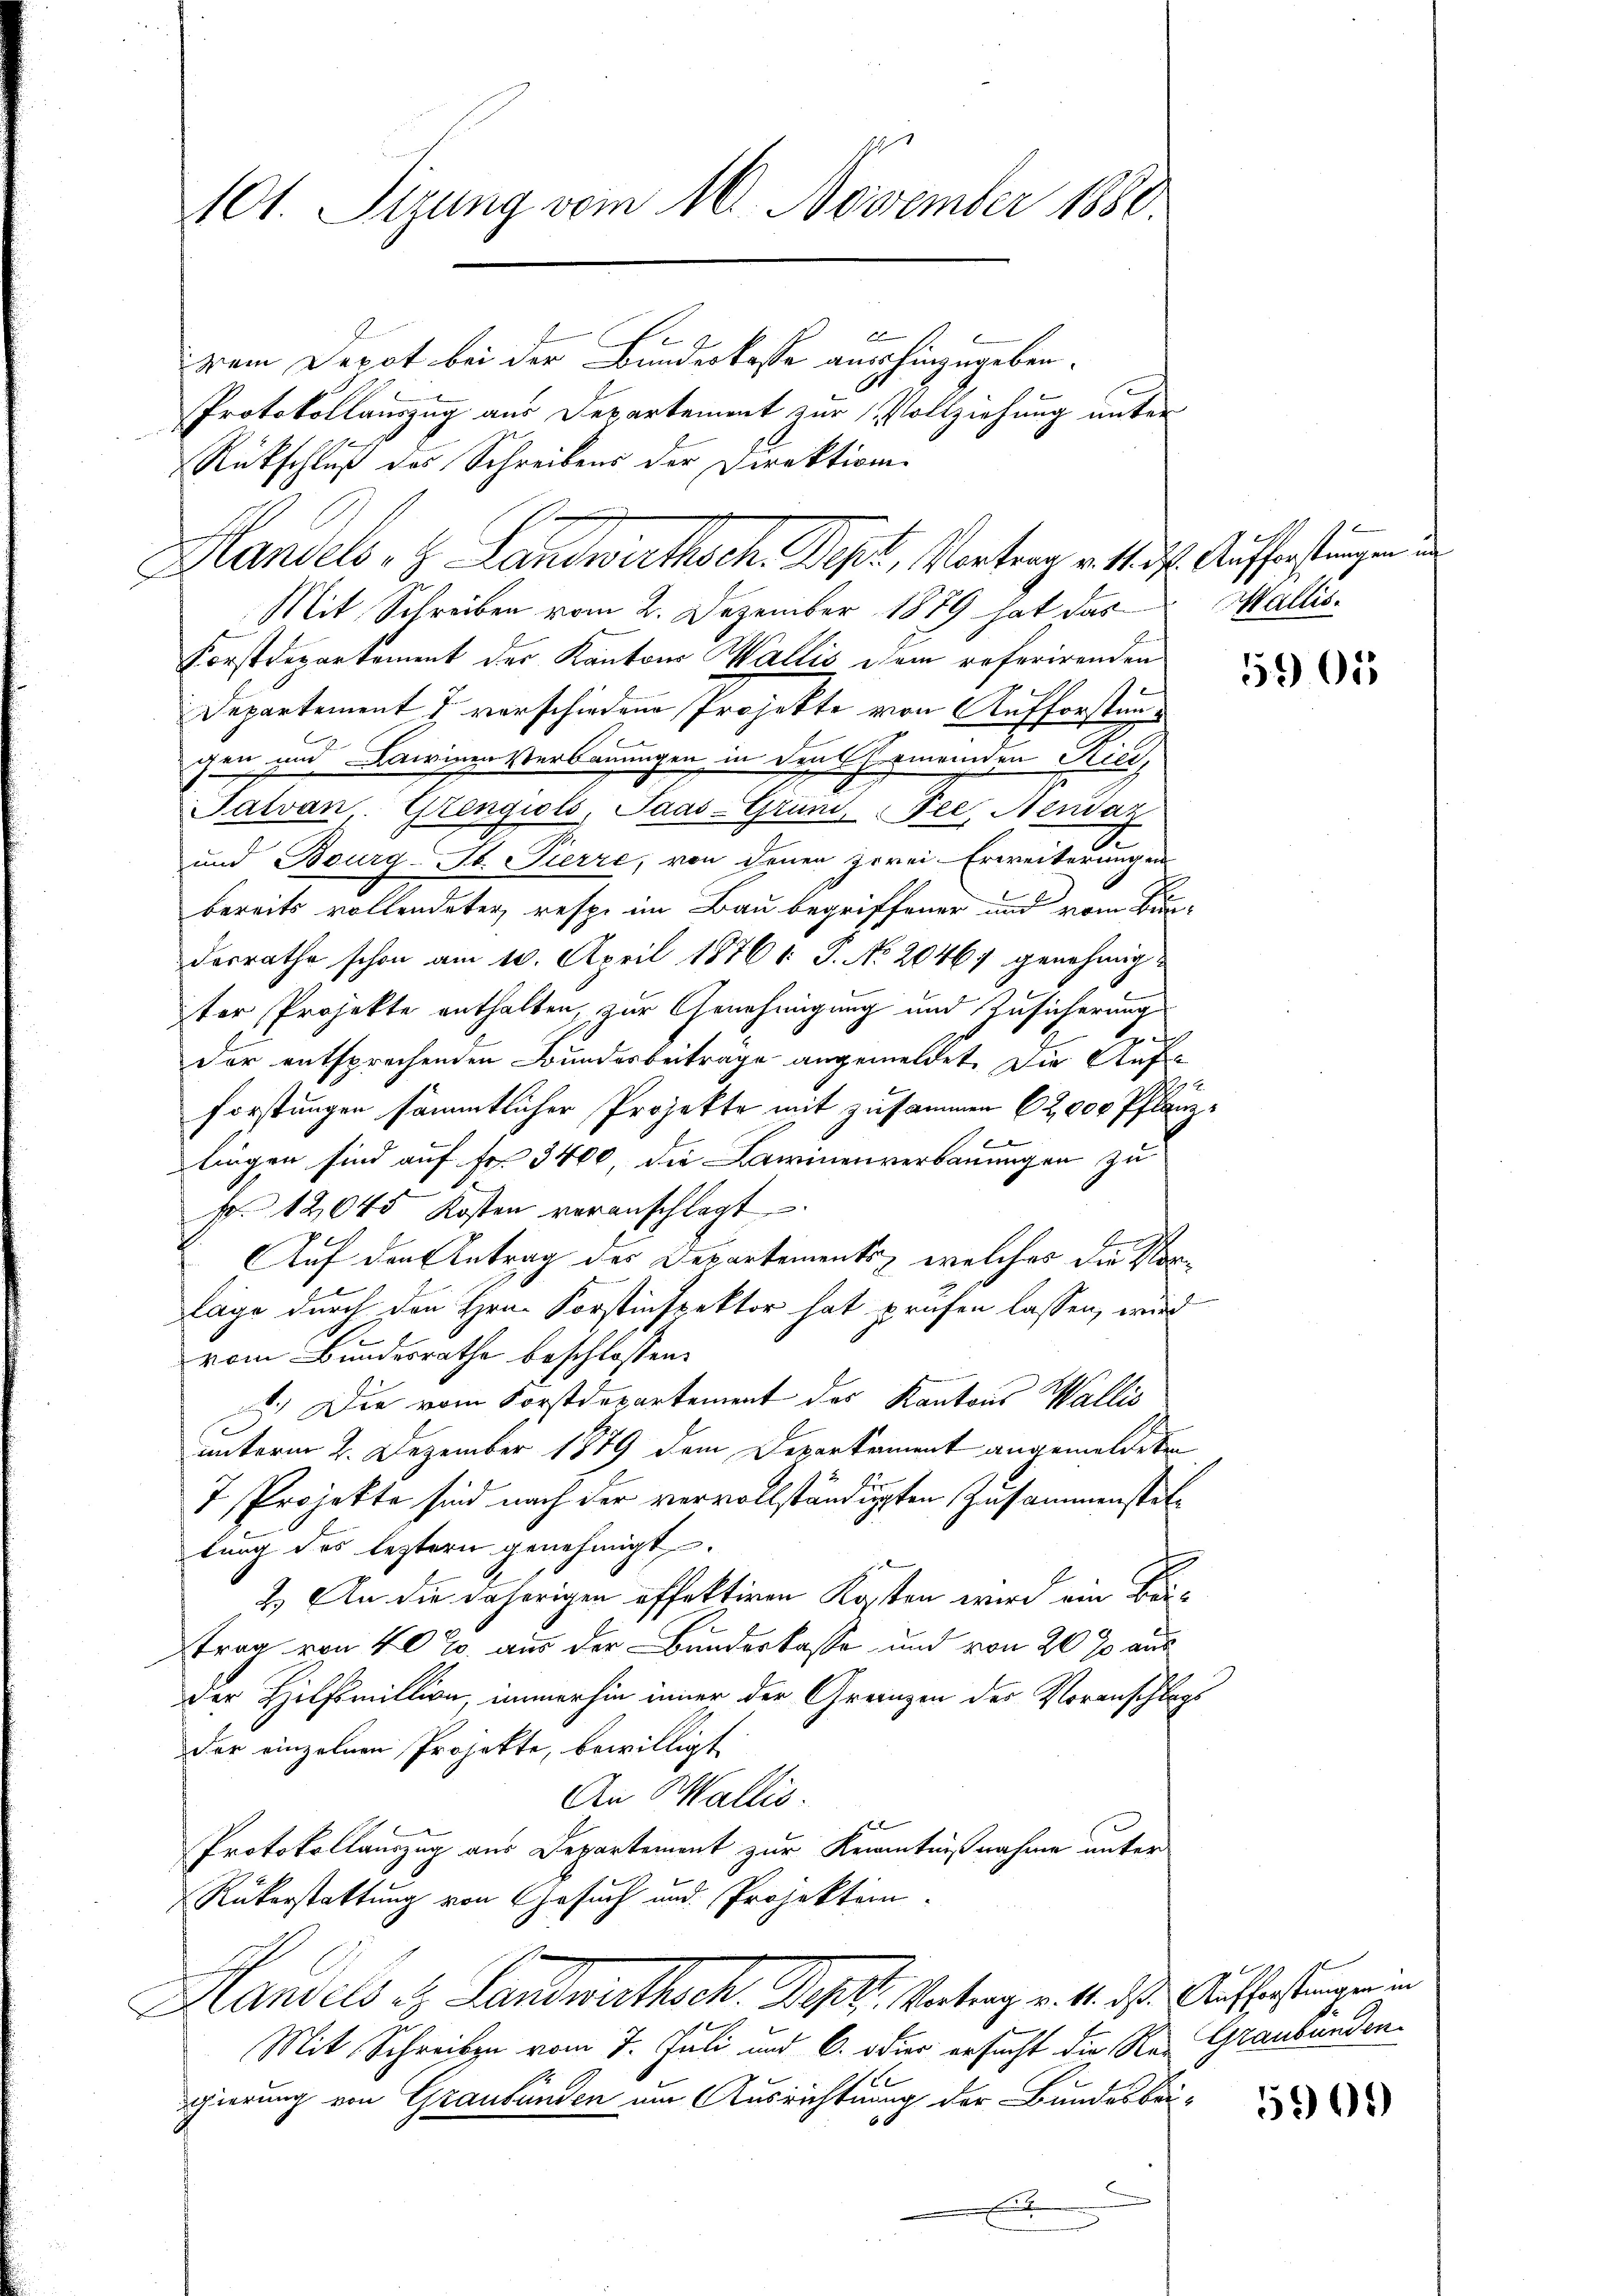
101. Sizung vom 10. November 1880.
2
zem Depot bei der Bundeskasse aushinzugeben.
Protokollauszug aus Departement zur Vollziehung unter
Rückschluß des Schreibens der Direktion.

Mit Schreiben vom 2. Dezember 1889 hat das
Forstdepartement der Kantons Wallis dem referirenden
Departement 7 verschiedene Projekte von Aufforstungen und Lawinen Verbauungen in den Gemeinden Rich¬
Jatvan. Grengiols, Saas-Gründ Tee, Nendaz
und Bourg-St. Pierre, von denen zwei-Erweiterungen
bereits vollendeter resp. im Bau begriffener und vom Bundesrathe schon am 10. April 1876 1: P. No 20467 genehmigt
ter Projekte enthalten, zur Genehmigung und Zusicherung
t
der entsprechenden Bundesbeitrage angemeldet. Die Auf
1 E.
forstungen sämmtlicher Projekte mit zusammen (2,000 Pflanz¬

lingen sind auf Fr. 3400, die Lawinenverbauungen zu
Fr. 12,045 Kosten veranschlagt
Auf den Antrag des Departements, welches die Vorlage durch den Hrn. Korstinspektor hat prüfen lassen, wird
vom Bundesrathe beschlossen:
2.) Die vom Forstdepartement des Kantons Wallis
unterm 2. Dezember 1879 dem Departament angemeldeten
7. Projekte sind nach der vervollständigten Zusammenstellung des leztern genehmigt.
2.) An die daherigen offektiren Kosten wird ein Beitrag von 40% aus der Bundeskasse und von 20 % aus
der Hilfsmittion, immerhin inner der Grenzen der Voranschlags
der einzelnen Projekte, bewilligt
An Wallis.
Protokollauszug aus Departement zur Kenntnißnahme unter
Rükerstattung von Gesuch und Projektion.
Handels . Landwirthsch. Joh. Antrag v. 4. ds. Auflastungen in
Mit Schreiben vom 7. Juli und 6. oder ersucht die Re- Graubünden
gierung von Graubünden um Ausrichtung der Bundesbrüx

Handels. Z. Landwirthsch. Sept, Vortrag v. 14. ds. Auffastungen

Wallis.

5905)